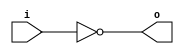
module invert (input wire i, output wire o);
   assign o = !i;
endmodule

module and2 (input wire i0, i1, output wire o);
  assign o = i0 & i1;
endmodule

module or2 (input wire i0, i1, output wire o);
  assign o = i0 | i1;
endmodule

module xor2 (input wire i0, i1, output wire o);
  assign o = i0 ^ i1;
endmodule

module nand2 (input wire i0, i1, output wire o);
   wire t;
   and2 and2_0 (i0, i1, t);
   invert invert_0 (t, o);
endmodule

module nor2 (input wire i0, i1, output wire o);
   wire t;
   or2 or2_0 (i0, i1, t);
   invert invert_0 (t, o);
endmodule

module xnor2 (input wire i0, i1, output wire o);
   wire t;
   xor2 xor2_0 (i0, i1, t);
   invert invert_0 (t, o);
endmodule

module and3 (input wire i0, i1, i2, output wire o);
   wire t;
   and2 and2_0 (i0, i1, t);
   and2 and2_1 (i2, t, o);
endmodule

module or3 (input wire i0, i1, i2, output wire o);
   wire t;
   or2 or2_0 (i0, i1, t);
   or2 or2_1 (i2, t, o);
endmodule

module nor3 (input wire i0, i1, i2, output wire o);
   wire t;
   or2 or2_0 (i0, i1, t);
   nor2 nor2_0 (i2, t, o);
endmodule

module nand3 (input wire i0, i1, i2, output wire o);
   wire t;
   and2 and2_0 (i0, i1, t);
   nand2 nand2_1 (i2, t, o);
endmodule

module xor3 (input wire i0, i1, i2, output wire o);
   wire t;
   xor2 xor2_0 (i0, i1, t);
   xor2 xor2_1 (i2, t, o);
endmodule

module xnor3 (input wire i0, i1, i2, output wire o);
   wire t;
   xor2 xor2_0 (i0, i1, t);
   xnor2 xnor2_0 (i2, t, o);
endmodule

module mux2 (input wire i0, i1, j, output wire o);
  assign o = (j==0)?i0:i1;
endmodule

module mux4 (input wire [0:3] i, input wire j1, j0, output wire o);
  wire  t0, t1;
  mux2 mux2_0 (i[0], i[1], j1, t0);
  mux2 mux2_1 (i[2], i[3], j1, t1);
  mux2 mux2_2 (t0, t1, j0, o);
endmodule

module mux8 (input wire [0:7] i, input wire j2, j1, j0, output wire o);
  wire  t0, t1;
  mux4 mux4_0 (i[0:3], j2, j1, t0);
  mux4 mux4_1 (i[4:7], j2, j1, t1);
  mux2 mux2_0 (t0, t1, j0, o);
endmodule

module demux2 (input wire i, j, output wire o0, o1);
  assign o0 = (j==0)?i:1'b0;
  assign o1 = (j==1)?i:1'b0;
endmodule

module demux4 (input wire i, j1, j0, output wire [0:3] o);
  wire  t0, t1;
  demux2 demux2_0 (i, j1, t0, t1);
  demux2 demux2_1 (t0, j0, o[0], o[1]);
  demux2 demux2_2 (t1, j0, o[2], o[3]);
endmodule

module demux8 (input wire i, j2, j1, j0, output wire [0:7] o);
  wire  t0, t1;
  demux2 demux2_0 (i, j2, t0, t1);
  demux4 demux4_0 (t0, j1, j0, o[0:3]);
  demux4 demux4_1 (t1, j1, j0, o[4:7]);
endmodule

module df (input wire clk, in, output wire out);
  reg df_out;
  always@(posedge clk) df_out <= in;
  assign out = df_out;
endmodule

module dfr (input wire clk, reset, in, output wire out);
  wire reset_, df_in;
  invert invert_0 (reset, reset_);
  and2 and2_0 (in, reset_, df_in);
  df df_0 (clk, df_in, out);
endmodule

module dfrl (input wire clk, reset, load, in, output wire out);
  wire _in;
  dfr dfr_1(clk, reset, _in, out);
  mux2 mux2_0(out, in, load, _in);
endmodule